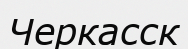
Черкасск